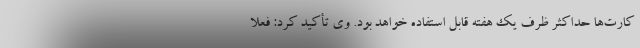
کارت‌ها حداکثر ظرف یک هفته قابل استفاده خواهد بود. وی تأکید کرد: فعلاً